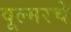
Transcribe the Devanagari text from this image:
वूल्मरचे